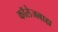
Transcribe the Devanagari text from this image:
कॉलेजबाह्य